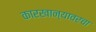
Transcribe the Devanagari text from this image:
कारखान्यावरचा